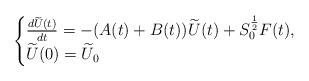
LaTeX: \begin{align*}\begin{cases}\frac{d\widetilde U(t)}{dt} =-(A(t)+B(t))\widetilde U(t) + S_0^{\frac{1}{2}}F(t),\\\widetilde U(0)=\widetilde U_0\end{cases}\end{align*}